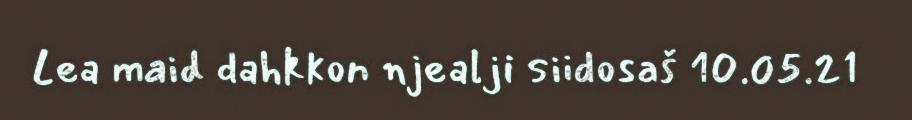
Lea maid dahkkon njealji siidosaš 10.05.21